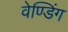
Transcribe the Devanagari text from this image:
वेण्डिंग